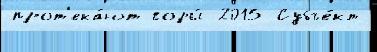
прот'ека́ют горы́ 2015 Субъе́кт